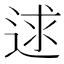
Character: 逑